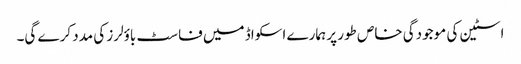
اسٹین کی موجودگی خاص طور پر ہمارے اسکواڈ میں فاسٹ باؤلرز کی مدد کرے گی۔